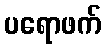
ပရောဖက်